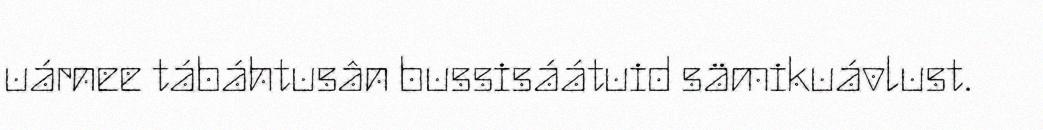
uárnee tábáhtusân bussisáátuid sämikuávlust.